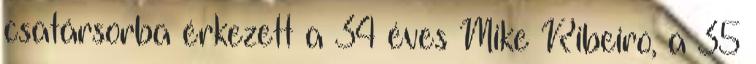
csatársorba érkezett a 34 éves Mike Ribeiro, a 35